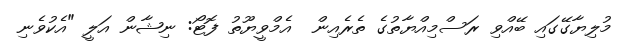
މުލިޔާގޭގައި ބޭއްވި ރަސްމިއްޔާތުގެ ތެރެއިން  އެމްވީޔޫތު ފޮޓޯ: ނިޝާން އަލީ "އެކުވެނި